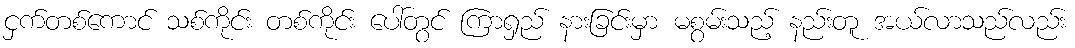
ငှက်တစ်ကောင် သစ်ကိုင်း တစ်ကိုင်း ပေါ်တွင် ကြာရှည် နားခြင်းမှာ မစွမ်းသည့် နည်းတူ အယ်လာသည်လည်း